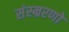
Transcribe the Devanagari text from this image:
संस्म्ररणों